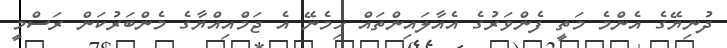
ދުނިޔޭގެ އެންމެ މަތީ ފެންވަރުގެ އެއާލައިންތައް ހިމެނޭ އެ ޖަމްއިއްޔާގެ މެންބަރުކަން ރަސްމީ